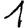
Digit: 1